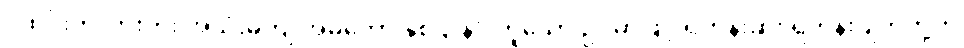
“ထင်းကုလားတုံး အသုံးမကျ အိမ်တော နှစ်ဌာန” ဟူသော ဥပမာဖြင့် ရဟန်းဆိုး ရဟန်းပျက်တို့ကို